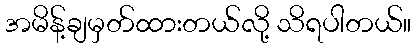
အမိန့်ချမှတ်ထားတယ်လို့ သိရပါတယ်။